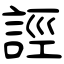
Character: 誙